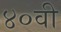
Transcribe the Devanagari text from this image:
४०वी